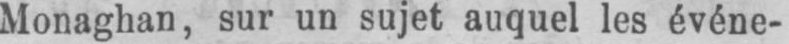
Monaghan, sur un sujet auquel les événe-